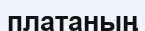
платаның